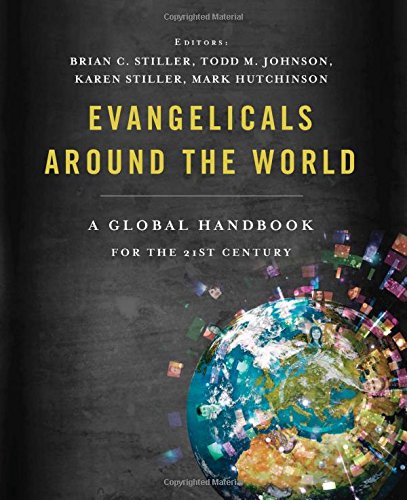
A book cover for Evangelicals Around the World: A Global Handbook for the 21st Century; Christian Books & Bibles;